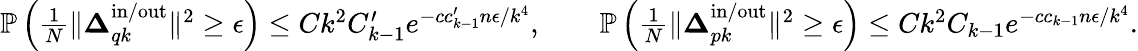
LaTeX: \begin{array}{r}{\mathbb{P}\left(\frac{1}{N}\| \boldsymbol{\Delta}_{qk}^{\mathrm{in}/\mathrm{out}}\| ^{2}\geq\epsilon\right)\leq Ck^{2}C_{k-1}^{\prime}e^{-cc_{k-1}^{\prime}n\epsilon/k^{4}},\qquad\mathbb{P}\left(\frac{1}{N}\| \boldsymbol{\Delta}_{pk}^{\mathrm{in}/\mathrm{out}}\| ^{2}\geq\epsilon\right)\leq Ck^{2}C_{k-1}e^{-cc_{k-1}n\epsilon/k^{4}}.}\end{array}